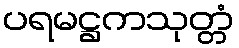
ပရမဋ္ဌကသုတ္တံ